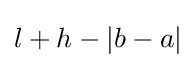
l+h-|b-a|